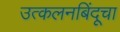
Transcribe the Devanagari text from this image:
उत्कलनबिंदूचा